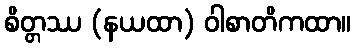
စိတ္တဿ (နယထာ) ဝါစာတိကထာ။